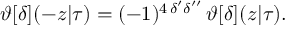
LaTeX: \vartheta [ \delta ] ( - z | \tau ) = ( - 1 ) ^ { 4 \, \delta ^ { \prime } \delta ^ { \prime \prime } } \, \vartheta [ \delta ] ( z | \tau ) .